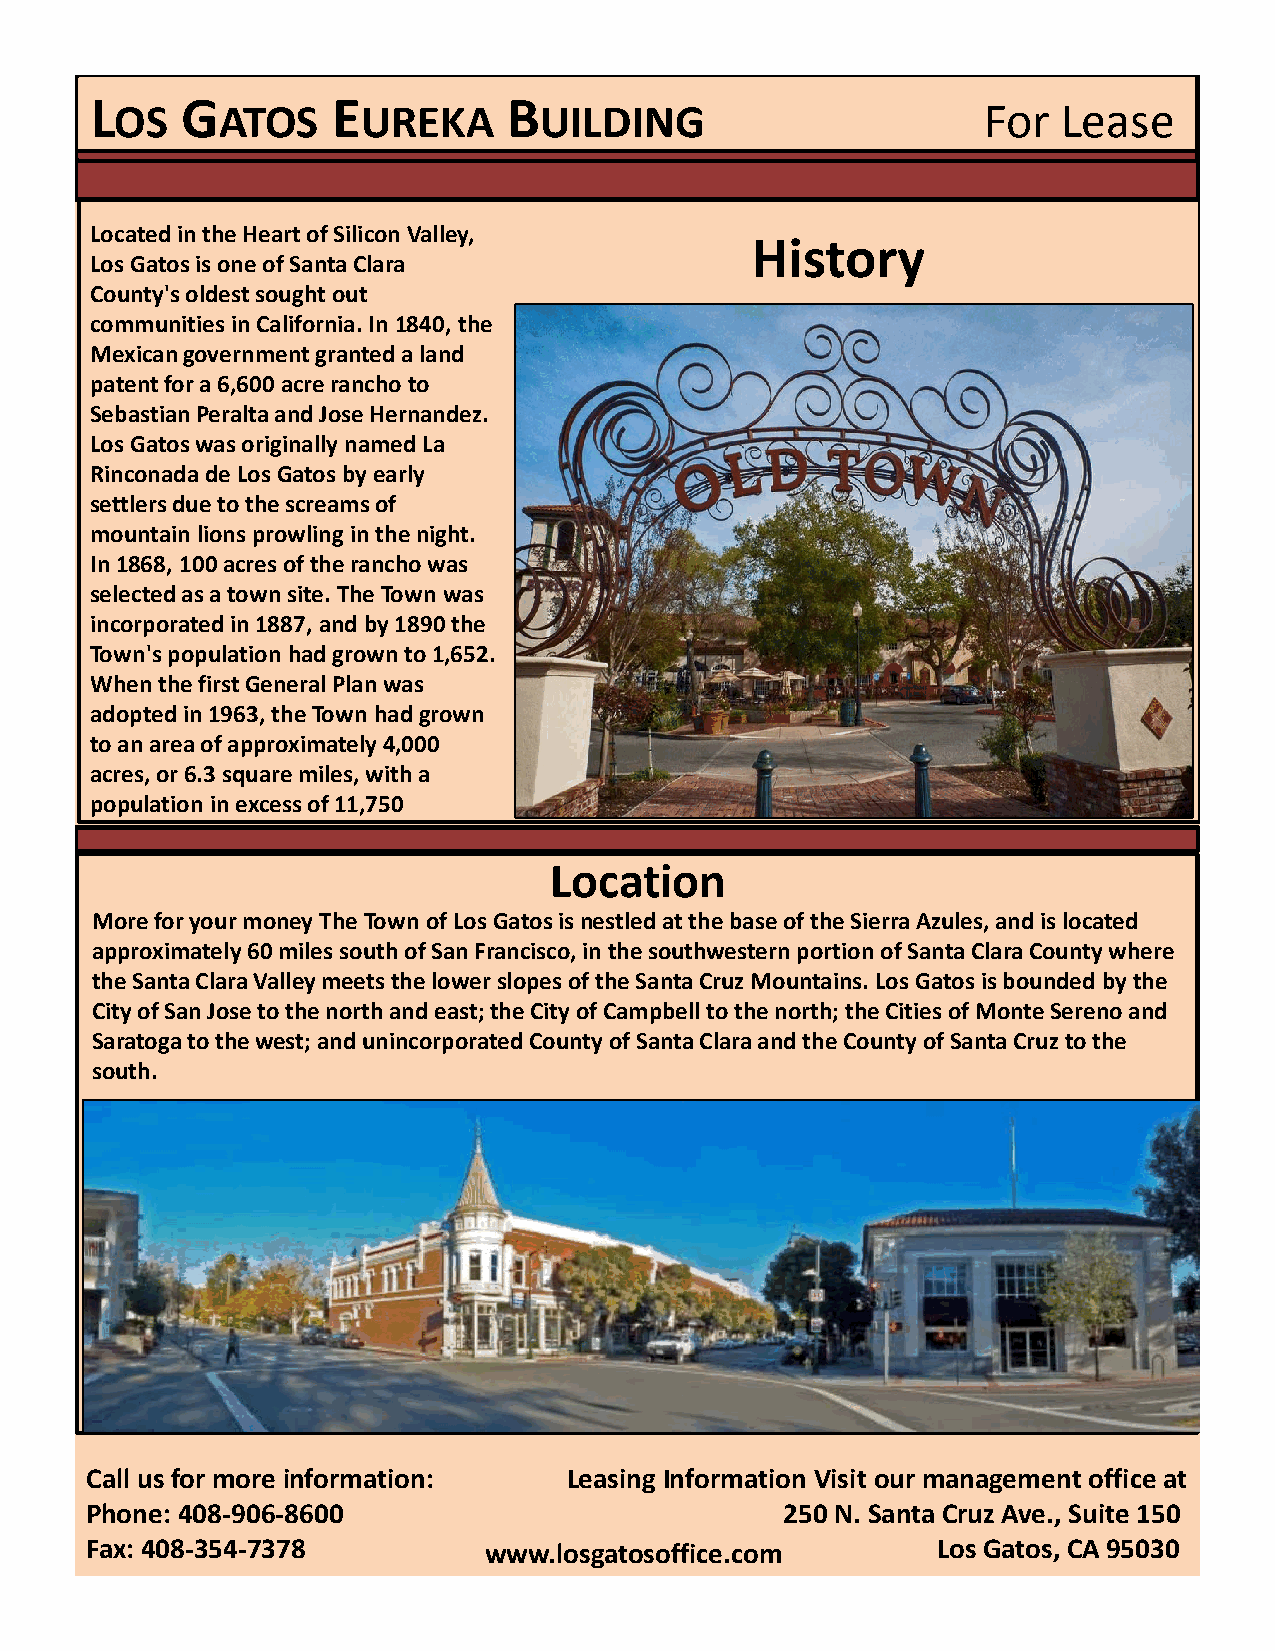
L     G         E           B
 OS    ATOS      UREKA       UILDING                      For  Lease
 Located in the Heart of Silicon Valley,
 HHiissttoorryy
 LLooss GGaattooss iiss oonnee ooff SSaannttaa CCllaarraa
 County's oldest sought out
 communities in California. In 1840, the
 Mexican government granted a land
 patent for a 6,600 acre rancho to
 Sebastian Peralta and Jose Hernandez.
 LLooss GGaattooss wwaass oorriiggiinnaallllyy nnaammeedd LLaa
 Rinconadade Los Gatos by early
 settlers due to the screams of
 mountain lions prowling in the night.
 In 1868, 100 acres of the rancho was
 selected as a town site. The Town was
 incorporated in 1887, and by 1890 the
 Town's population had grown to 1,652.
 When the first General Plan was
 adopted in 1963, the Town had grown
 to an area of approximately 4,000
 acres, or 6.3 square miles, with a
 population in excess of 11,750
 Location
 More for your moneyThe Town of Los Gatos is nestled at the base of the Sierra Azules, and is located
 approximately 60 miles south of San Francisco, in the southwestern portion of Santa Clara County where
 the Santa Clara Valley meets the lower slopes of the Santa Cruz Mountains. Los Gatos is bounded by the
 CCiittyy ooff SSaann JJoossee ttoo tthhee nnoorrtthh aanndd eeaasstt;; tthhee CCiittyy ooff CCaammppbbeellll ttoo tthhee nnoorrtthh;; tthhee CCiittiieess ooff MMoonnttee SSeerreennooaanndd
 Saratoga to the west; and unincorporated County of Santa Clara and the County of Santa Cruz to the
 south.
 Call us for more information:   Leasing Information Visit our management office at
 Phone: 408‐906‐8600                           250 N. Santa Cruz Ave., Suite 150
 Fax: 408‐354‐7378         www.losgatosoffice.com        Los Gatos, CA 95030